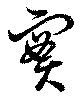
實